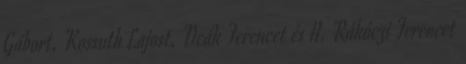
Gábort, Kossuth Lajost, Deák Ferencet és II. Rákóczi Ferencet